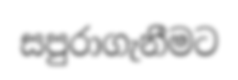
සපුරාගැනීමට